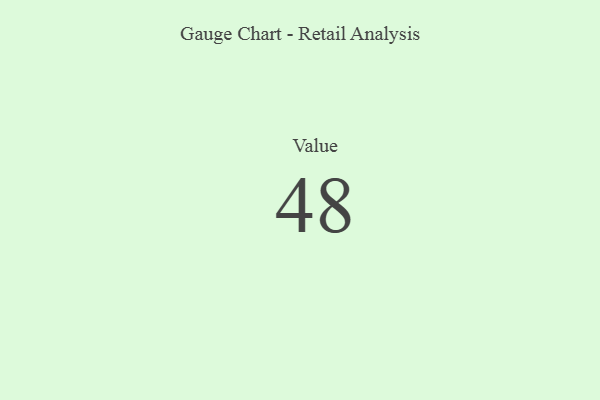
{"axis": {"x": "Metric", "y": "Value"}, "legend": [""], "data": [{"x": "Value", "y": 48, "type": ""}]}